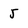
Character: 5